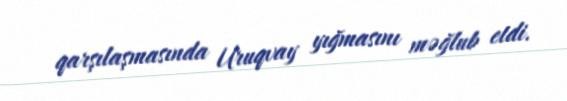
qarşılaşmasında Uruqvay yığmasını məğlub etdi.